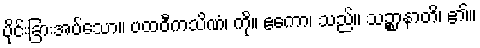
ပိုင်းခြားအပ်သော။ ပထဝီကသိဏံ၊ ကို။ ဧကော၊ သည်။ သဉ္စာနာတိ၊ ၏။